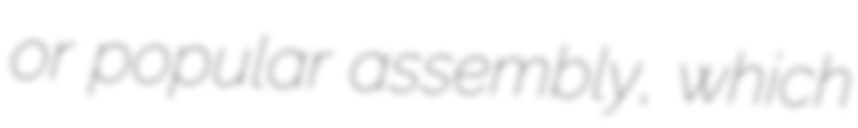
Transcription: or popular assembly, which